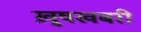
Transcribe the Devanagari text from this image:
ख़ुषखबरी